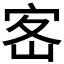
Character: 𡧸